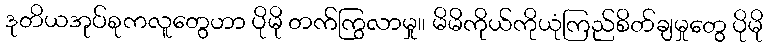
ဒုတိယအုပ်စုကလူတွေဟာ ပိုမို တက်ကြွလာမှု၊၊ မိမိကိုယ်ကိုယုံကြည်စိတ်ချမှုတွေ ပိုမို